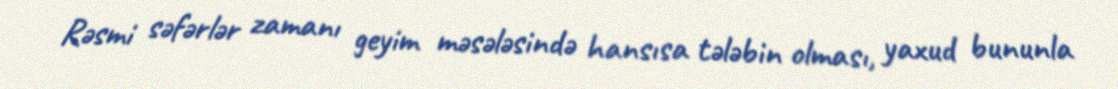
Rəsmi səfərlər zamanı geyim məsələsində hansısa tələbin olması, yaxud bununla